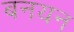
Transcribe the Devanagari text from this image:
बनयन